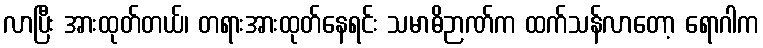
လာပြီး အားထုတ်တယ်၊ တရားအားထုတ်နေရင်း သမာဓိဉာဏ်က ထက်သန်လာတော့ ရောဂါက